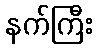
နက်ကြီး